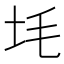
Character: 㘪